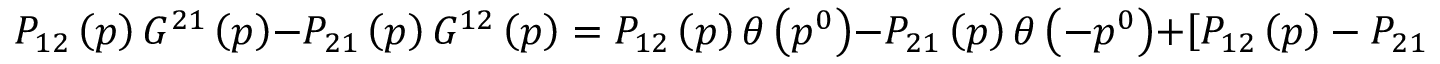
P _ { 1 2 } \left( p \right) G ^ { 2 1 } \left( p \right) - P _ { 2 1 } \left( p \right) G ^ { 1 2 } \left( p \right) = P _ { 1 2 } \left( p \right) \theta \left( p ^ { 0 } \right) - P _ { 2 1 } \left( p \right) \theta \left( - p ^ { 0 } \right) + \left[ P _ { 1 2 } \left( p \right) - P _ { 2 1 } \left( p \right) \right] f \left( p \right)